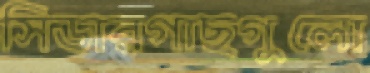
সিডারগাছগুলো